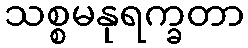
သစ္စမနုရက္ခတာ